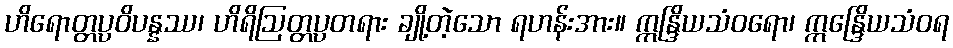
ဟိရောတ္တပ္ပဝိပန္နဿ၊ ဟိရိဩတ္တပ္ပတရား ချို့တဲ့သော ရဟန်းအား။ ဣန္ဒြိယသံဝရော၊ ဣန္ဒြေိယသံဝရ